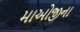
માઓજીના